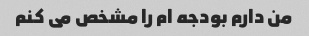
من دارم بودجه ام را مشخص می کنم